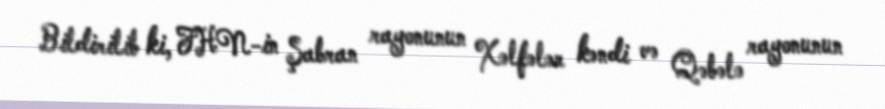
Bildirilib ki, FHN-in Şabran rayonunun Xəlfələr kəndi və Qəbələ rayonunun